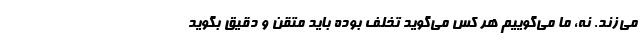
می‌زند. نه، ما می‌گوییم هر کس می‌گوید تخلف بوده باید متقن و دقیق بگوید